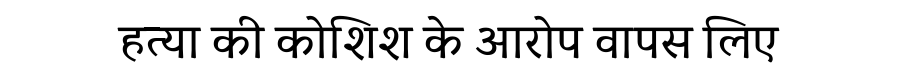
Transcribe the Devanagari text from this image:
हत्या की कोशिश के आरोप वापस लिए